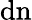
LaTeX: \mathrm{dn}